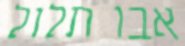
אבו תלול